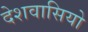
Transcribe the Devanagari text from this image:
देशवासियो